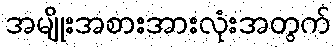
အမျိုးအစားအားလုံးအတွက်